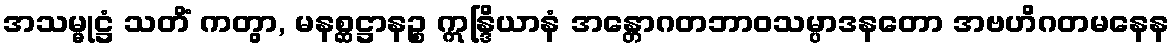
အသမ္မုဋ္ဌံ သတိံ ကတွာ, မနစ္ဆဋ္ဌာနဉ္စ ဣန္ဒြိယာနံ အန္တောဂတဘာဝသမ္ပာဒနတော အဗဟိဂတမနေန